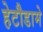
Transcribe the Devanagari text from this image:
हेटौडामे